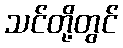
သင်တို့တွင်